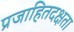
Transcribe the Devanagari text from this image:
प्रजाहितदक्षता